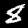
Label: 8